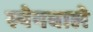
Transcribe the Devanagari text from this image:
स्पेनवाले